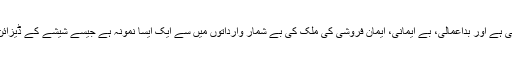
یہ ایک خبر دور افتادہ تحصیل کی ہے اور بداعمالی، بے ایمانی، ایمان فروشی کی ملک کی بے شمار وارداتوں میں سے ایک ایسا نمونہ ہے جیسے شیشے کے ڈیزائن والی قمیض کا ایک ننھا شیشہ ۔